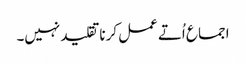
اجما ع اُتے عمل کرنا تقلید نہیں۔